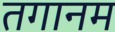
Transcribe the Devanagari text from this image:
तगानम